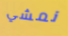
نمشي